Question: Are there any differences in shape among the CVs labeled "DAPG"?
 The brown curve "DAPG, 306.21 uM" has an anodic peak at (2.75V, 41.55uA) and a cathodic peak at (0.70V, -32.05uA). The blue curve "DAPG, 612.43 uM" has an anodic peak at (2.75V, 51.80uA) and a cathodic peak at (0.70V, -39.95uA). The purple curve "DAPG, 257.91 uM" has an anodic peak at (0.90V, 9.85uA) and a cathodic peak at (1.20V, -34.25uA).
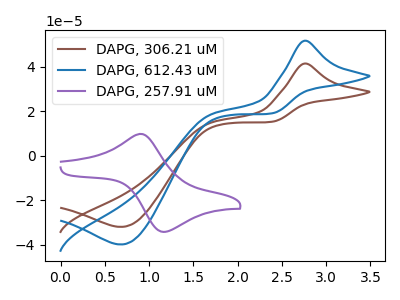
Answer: <think>All the peaks in "DAPG, 306.21 uM" have a peak in "DAPG, 612.43 uM" at the same potential. Every peak in "DAPG, 306.21 uM" is lower than every peak in "DAPG, 612.43 uM". "DAPG, 306.21 uM" and "DAPG, 257.91 uM" have at least one peak that do not match. "DAPG, 612.43 uM" and "DAPG, 257.91 uM" have at least one peak that do not match.
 </think>
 <answer>All the CV's of "DAPG" have similar shape.</answer>
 <eval>follow_rule</eval>